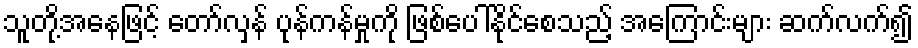
သူတို့အနေဖြင့် တော်လှန် ပုန်ကန်မှုကို ဖြစ်ပေါ်နိုင်စေသည့် အကြောင်းများ ဆက်လက်၍